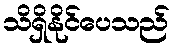
သိရှိနိုင်ပေသည်